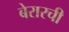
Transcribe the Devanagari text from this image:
बेरारची